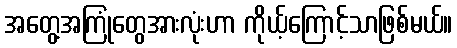
အတွေ့အကြုံတွေအားလုံးဟာ ကိုယ့်ကြောင့်သာဖြစ်မယ်။